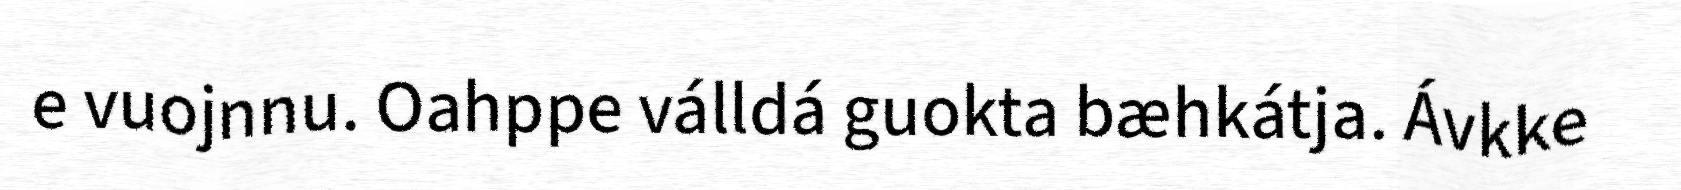
e vuojnnu. Oahppe válldá guokta bæhkátja. Ávkke